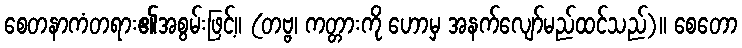
စေတနာကံတရား၏အစွမ်းဖြင့်။ (တဗ္ဗ၊ ကတ္တားကို ဟောမှ အနက်လျော်မည်ထင်သည်)။ စေတော